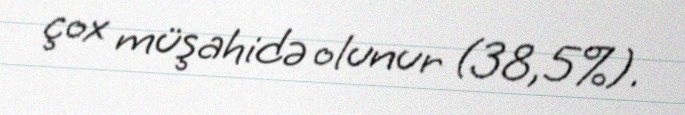
çox müşahidə olunur (38,5%).